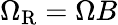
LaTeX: \Omega_{\mathrm{R}}=\Omega B